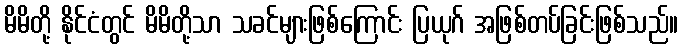
မိမိတို့ နိုင်ငံတွင် မိမိတို့သာ သခင်များဖြစ်ကြောင်း ပြယုဂ် အဖြစ်တပ်ခြင်းဖြစ်သည်။